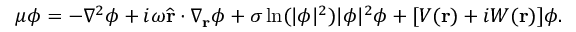
\mu \phi = - \nabla ^ { 2 } \phi + i \omega \widehat { \mathbf { r } } \cdot \nabla _ { \mathbf { r } } \phi + \sigma \ln ( | \phi | ^ { 2 } ) | \phi | ^ { 2 } \phi + [ V ( \mathbf { r } ) + i W ( \mathbf { r } ) ] \phi .